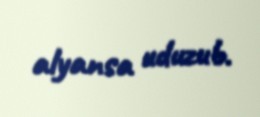
alyansa uduzub.